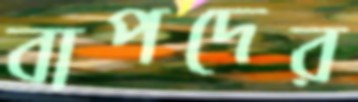
বাপদের